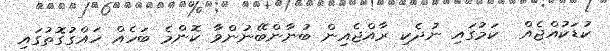
ކުޑަކުއްޖެއް  ކަމުގައި ނުދެކި ރާއްޖެއިން ބުނާންބޭނުންވާ ކޮންމެ ބަހެއް ހައްގުގޮތުގައި